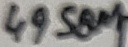
Text: 4958M